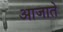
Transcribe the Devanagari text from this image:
आजाते